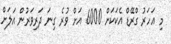
މި އަހަރު ގްރޭޑް އެކަކަށް 6000 އަށް ވުރެ ގިނަ ދަރިވަރުން އަލަށް